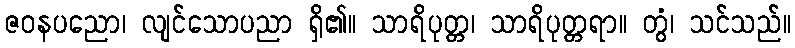
ဇဝနပညော၊ လျင်သောပညာ ရှိ၏။ သာရိပုတ္တ၊ သာရိပုတ္တရာ။ တွံ၊ သင်သည်။